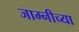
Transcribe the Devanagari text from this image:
जाम्नीच्या